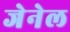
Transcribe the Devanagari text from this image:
जेनेल